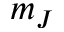
m _ { J }